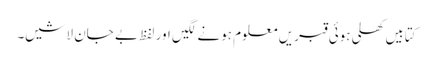
کتابیں کھلی ہوئی قبریں معلوم ہونے لگیں اور لفظ بے جان لاشیں۔